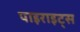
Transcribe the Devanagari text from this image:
पाइराइट्स